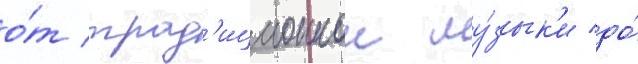
о́т трад'иционнои му́зык'и до́